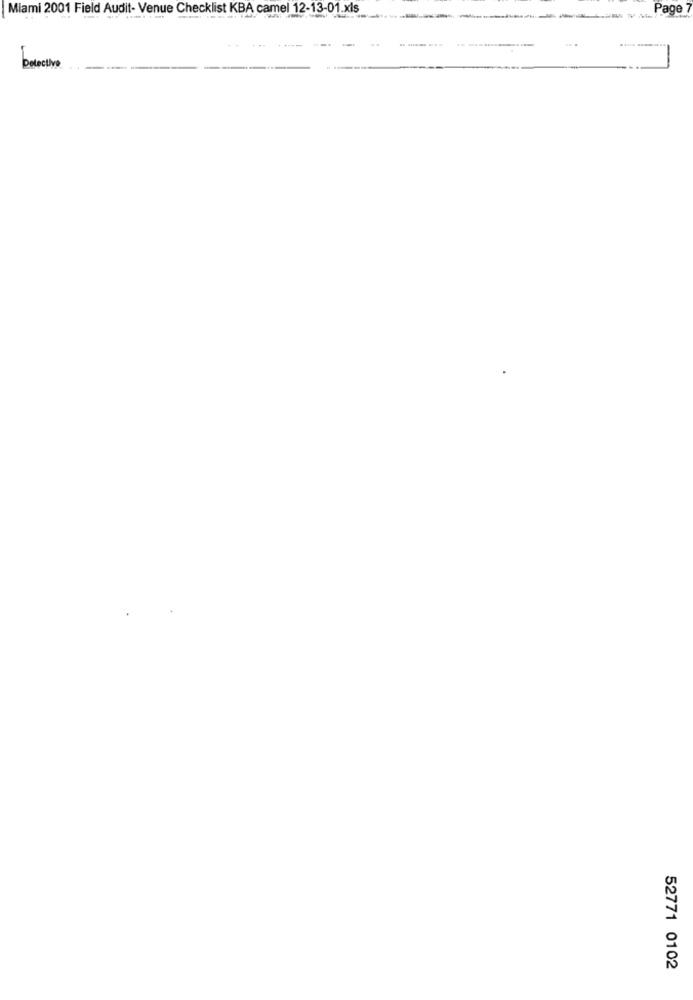
Miami 2001 Field Audit- Venue Checklist KBA camel 12-13-01.xls
Page
Detective
52771 0102